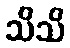
သိသိ